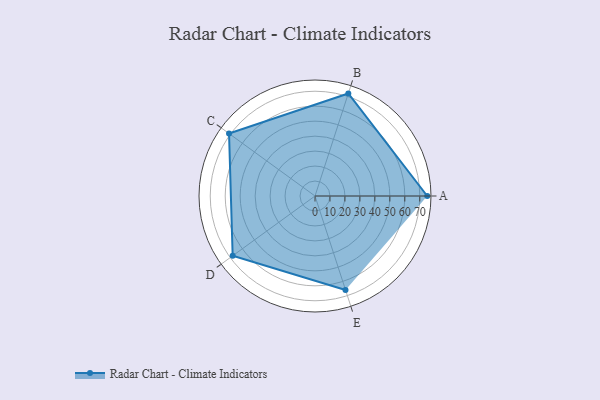
{"axis": {"x": "Skill", "y": "Score"}, "legend": ["Profile"], "data": [{"x": "A", "y": 75.0, "type": "Profile"}, {"x": "B", "y": 72.0, "type": "Profile"}, {"x": "C", "y": 71.0, "type": "Profile"}, {"x": "D", "y": 68.0, "type": "Profile"}, {"x": "E", "y": 66.0, "type": "Profile"}]}